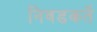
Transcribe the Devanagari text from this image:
निवडकर्ते